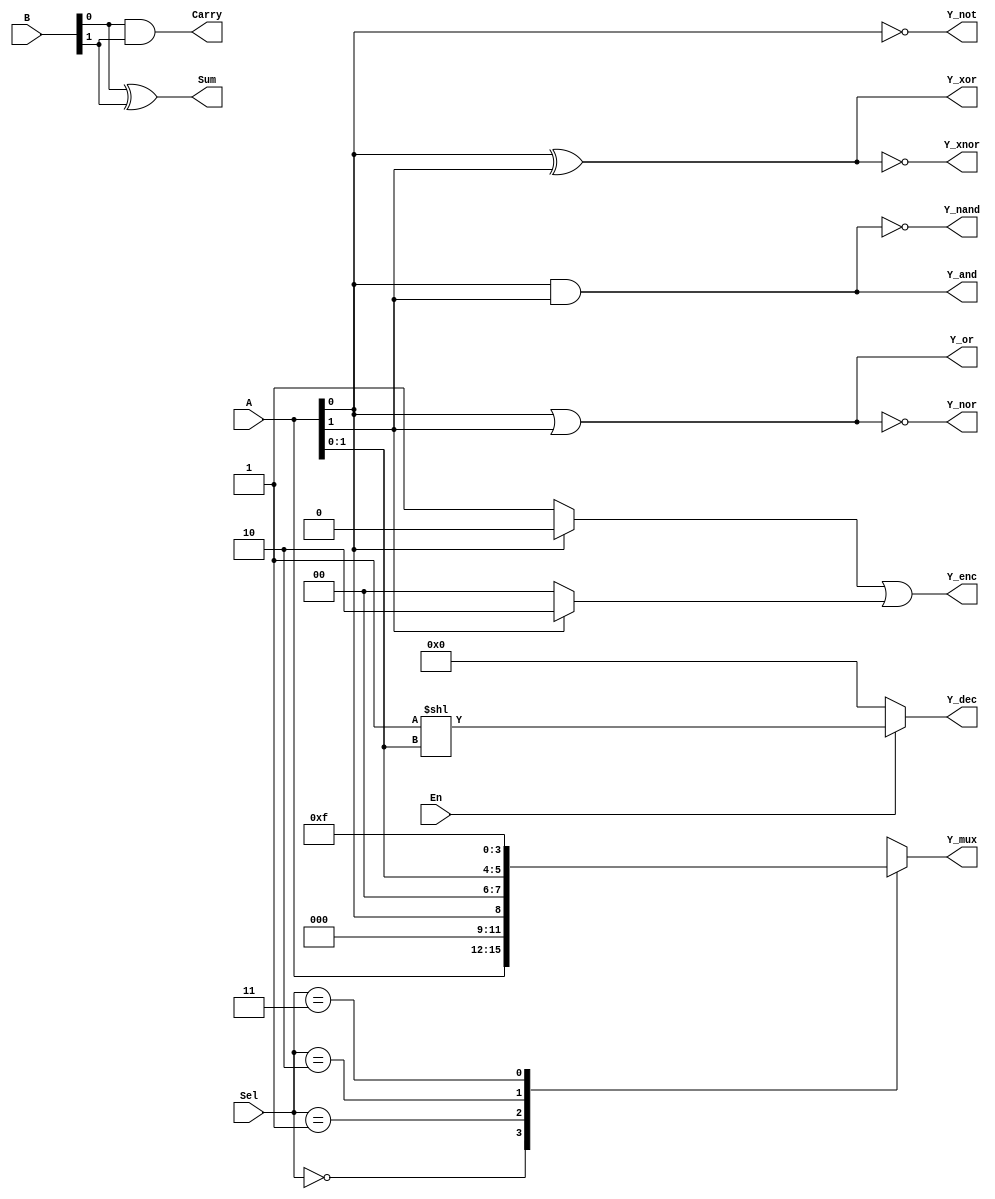
module combinational_logic_blocks (
    // Inputs
    input wire [3:0] A,     // 4-bit input for MUX, Decoder, Encoder
    input wire [1:0] Sel,   // 2-bit select input for MUX
    input wire [1:0] B,     // 2-bit input for half adder, XOR, etc.
    input wire En,          // Enable signal for Decoder
    // Outputs
    output wire Y_and,      // AND output
    output wire Y_or,       // OR output
    output wire Y_not,      // NOT output
    output wire Y_nand,     // NAND output
    output wire Y_nor,      // NOR output
    output wire Y_xor,      // XOR output
    output wire Y_xnor,     // XNOR output
    output wire [3:0] Y_mux, // 4-bit output from MUX
    output wire [3:0] Y_dec, // 4-bit output from Decoder
    output wire [1:0] Y_enc, // 2-bit output from Encoder
    output wire Sum,        // Sum output for Half Adder
    output wire Carry       // Carry output for Half Adder
);

// Combinational Logic Operations
assign Y_and = A[0] & A[1];
assign Y_or = A[0] | A[1];
assign Y_not = ~A[0];
assign Y_nand = ~(A[0] & A[1]);
assign Y_nor = ~(A[0] | A[1]);
assign Y_xor = A[0] ^ A[1];
assign Y_xnor = ~(A[0] ^ A[1]);

// 4-to-1 Multiplexer
always @(*) begin
    case (Sel)
        2'b00: Y_mux = A;          // Input A
        2'b01: Y_mux = {3'b000, A[0]}; // Input B
        2'b10: Y_mux = {2'b00, A[1:0]}; // Input C
        2'b11: Y_mux = 4'b1111;    // Default
        default: Y_mux = 4'b0000;  // Default case
    endcase
end

// 2-to-4 Decoder
assign Y_dec = En ? (1 << A[1:0]) : 4'b0000;

// 2-to-2 Encoder
assign Y_enc = (A[0] ? 2'b00 : 2'b01) | (A[1] ? 2'b10 : 2'b00);

// Half Adder
assign Sum = B[0] ^ B[1];
assign Carry = B[0] & B[1];

endmodule